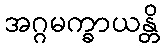
အဂ္ဂမက္ခာယန္တိ